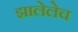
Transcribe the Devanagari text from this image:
झालेलेच